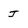
Character: j